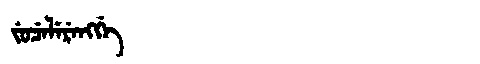
Manchu: ᠵᡠᠴᡝᠯᡝᡵᡝᠩᡤᡝ
Romanization: JUCELERENGGE